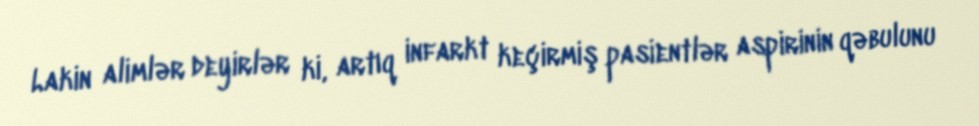
Lakin alimlər deyirlər ki, artıq infarkt keçirmiş pasientlər aspirinin qəbulunu